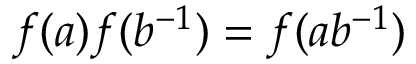
f ( a ) f ( b ^ { - 1 } ) = f ( a b ^ { - 1 } )